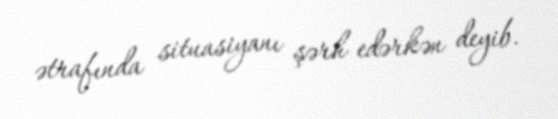
ətrafında situasiyanı şərh edərkən deyib.